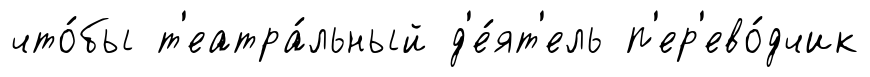
что́бы т'еатра́льный д'е́ят'ель п'ер'ево́дчик